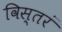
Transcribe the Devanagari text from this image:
विस्तरं